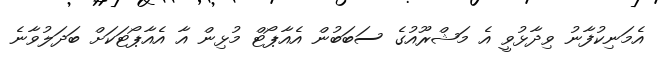
އެމަނިކުފާނު ވިދާޅުވީ އެ މަޝްރޫއުގެ ސަބަބުން އެއާޕޯޓް މުޅިން އާ އެއާޕޯޓަކަށް ބަދަލުވާނެ